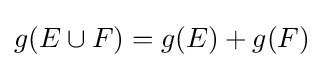
g(E\cup F)=g(E)+g(F)